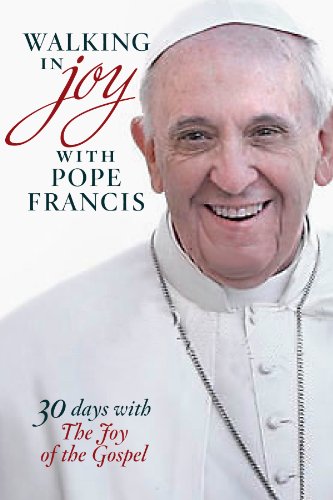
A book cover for Walking in Joy with Pope Francis: 30 Days with The Joy of the Gospel (Walking With... (Twenty Third Publications)); Gwen Costello; Christian Books & Bibles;